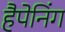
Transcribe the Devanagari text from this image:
हैपेनिंग